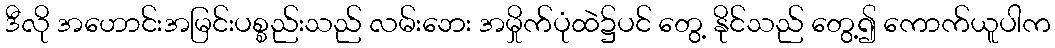
ဒီလို အဟောင်းအမြင်းပစ္စည်းသည် လမ်းဘေး အမှိုက်ပုံထဲ၌ပင် တွေ့ နိုင်သည် တွေ့၍ ကောက်ယူပါက